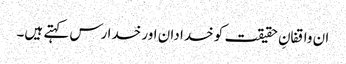
ان واقفانِ حقیقت کو خدا دان اور خدا رس کہتے ہیں۔